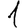
Digit: 1